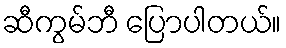
ဆီကွမ်ဘီ ပြောပါတယ်။